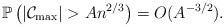
LaTeX: \begin{align*}\mathbb{P}\left(|\mathcal C_{\max}|>An^{2/3}\right)= O(A^{-3/2}).\end{align*}